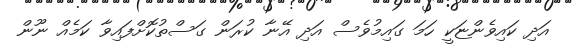
އަދި ކައިވެންޏަކީ ހަމަ ގައިމުވެސް އަދި އޭނާ ކުރަން ގަސްތުކޮށްފައިވާ ކަމެއް ނޫން